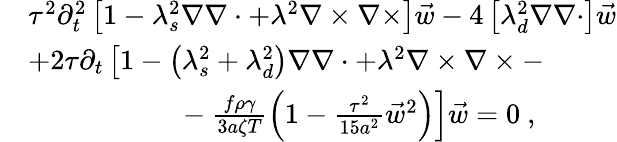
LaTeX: \begin{array}{rl}&{\tau^{2}\partial_{t}^{2}\left[1-\lambda_{s}^{2}\nabla\nabla\cdot+\lambda^{2}\nabla\times\nabla\times\right]\vec{w}-4\left[\lambda_{d}^{2}\nabla\nabla\cdot\right]\vec{w}}\\ &{+2\tau\partial_{t}\left[1-\left(\lambda_{s}^{2}+\lambda_{d}^{2}\right)\nabla\nabla\cdot+\lambda^{2}\nabla\times\nabla\times-\right.}\\ &{\left.\ \ \ \ \ \ \ \ \ \ \ \ \ \ \ \ \ \ \ \ \ -\frac{f\rho\gamma}{3a\zeta T}\left(1-\frac{\tau^{2}}{15a^{2}}\vec{w}^{2}\right)\right]\vec{w}=0\ ,}\end{array}